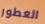
العطور